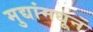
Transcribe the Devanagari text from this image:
मुद्यांमधून